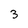
Character: 3